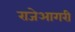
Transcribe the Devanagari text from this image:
राजेआगरी